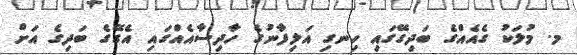
މ. މުލަކު ގެއެއްގެ ބަދިގޭގައި ހިނގި އަލިފާނުގެ ހާދިސާއެއްގައި އެގޭގެ ބަދިގެ އަށް